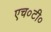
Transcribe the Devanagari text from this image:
एच०टी०